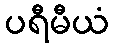
ပရီမီယံ